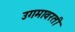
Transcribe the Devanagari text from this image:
उगमावरती